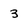
Character: 3